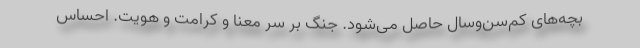
بچه‌های کم‌سن‌وسال حاصل می‌شود. جنگ بر سر معنا و کرامت و هویت. احساس